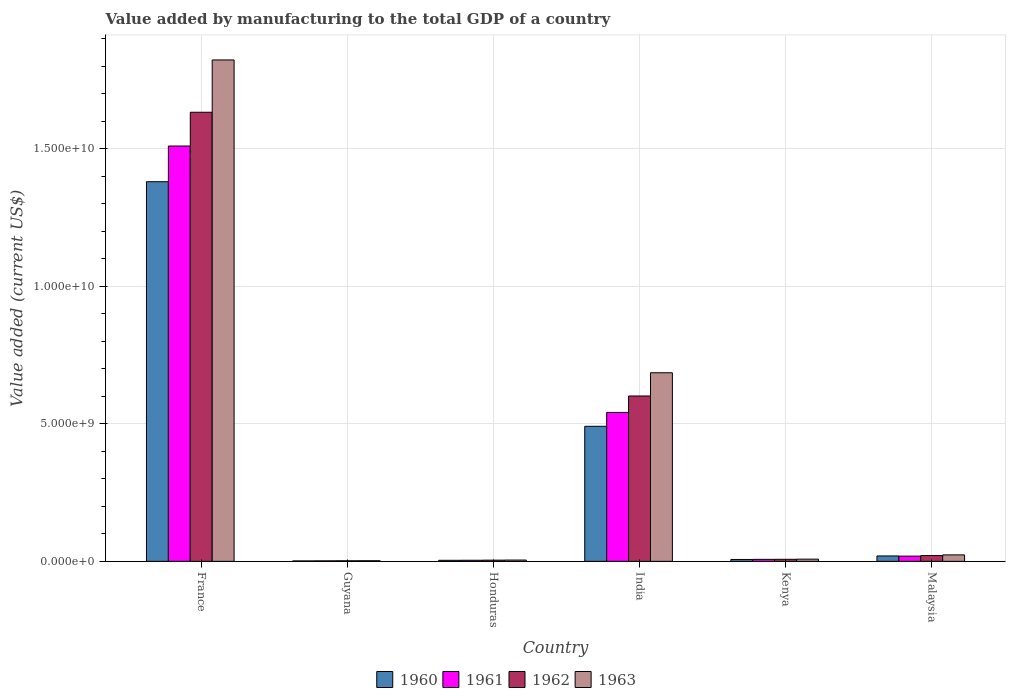
| Country | 1960 | 1961 | 1962 | 1963 |
 | --- | --- | --- | --- | --- |
 | France | 1.38e+10 | 1.51e+10 | 1.63e+10 | 1.82e+10 |
 | Guyana | 1.59e+07 | 1.84e+07 | 2.08e+07 | 2.32e+07 |
 | Honduras | 3.80e+07 | 4.00e+07 | 4.41e+07 | 4.76e+07 |
 | India | 4.91e+09 | 5.41e+09 | 6.01e+09 | 6.85e+09 |
 | Kenya | 6.89e+07 | 7.28e+07 | 7.48e+07 | 8.05e+07 |
 | Malaysia | 1.97e+08 | 1.9e+08 | 2.11e+08 | 2.36e+08 |